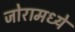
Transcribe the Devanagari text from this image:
जोरामध्ये